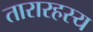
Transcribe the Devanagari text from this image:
तारारहस्य